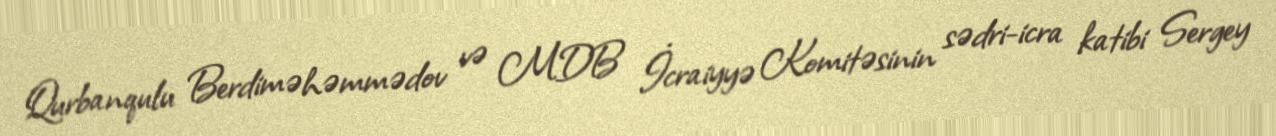
Qurbanqulu Berdiməhəmmədov və MDB İcraiyyə Komitəsinin sədri-icra katibi Sergey